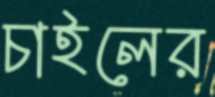
চাইলের